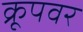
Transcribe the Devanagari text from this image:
क्रूपवर